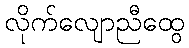
လိုက်လျောညီထွေ